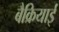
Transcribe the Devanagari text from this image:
बैक्रियाई